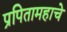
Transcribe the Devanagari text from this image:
प्रपितामहाचे